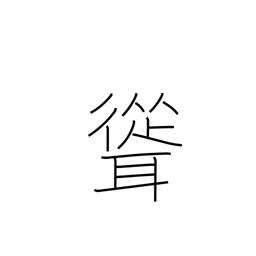
Meaning: tower